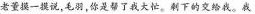
老董摸一摸说,毛羽,你是帮了我大忙。剩下的交给我。我